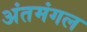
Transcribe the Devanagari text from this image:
अंतमंगल